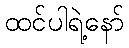
ထင်ပါရဲ့နော်